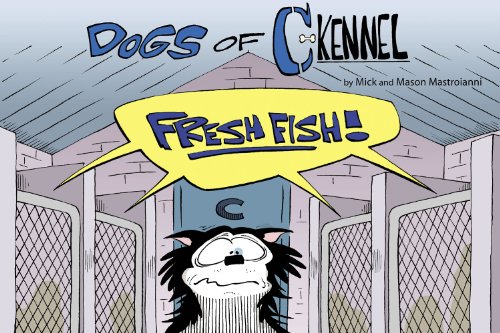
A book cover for The Dogs Of C-Kennel: Fresh Fish; Mick Mastroianni; Humor & Entertainment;